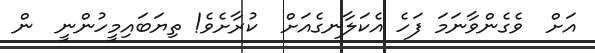
އަށް  ވެގެންވާނަމަ ފަހެ އެކަލާނގެއަށް  ކުރާށެވެ! ތިޔަބައިމީހުންނީ  ން